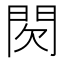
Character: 𮤉